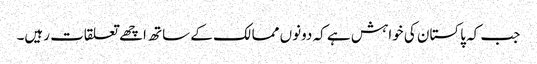
جب کہ پاکستان کی خواہش ہے کہ دونوں ممالک کے ساتھ اچھے تعلقات رہیں۔